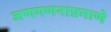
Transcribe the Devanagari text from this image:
जणगणनाप्रमाणे